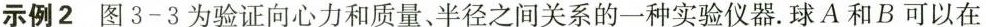
示例2 图3-3为验证向心力和质量、半径之间关系的一种实验仪器。球A和B可以在